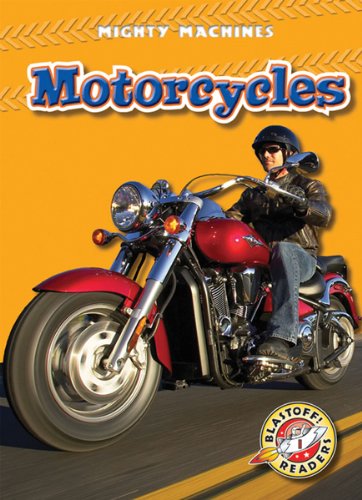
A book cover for Motorcycles (Blastoff! Readers: Mighty Machines); Derek Zobel; Children's Books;